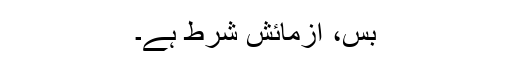
بس، آزمائش شرط ہے۔